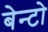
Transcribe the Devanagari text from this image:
बेन्टो